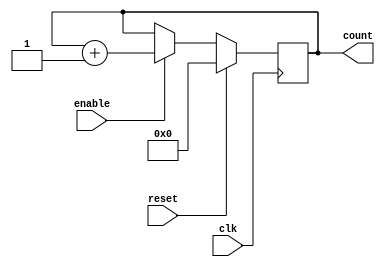
module up_counter(
    input wire clk,
    input wire reset,
    input wire enable,
    output reg [3:0] count
);

always @(posedge clk) begin
    if (reset) begin
        count <= 4'b0000;
    end else if (enable) begin
        count <= count + 1;
    end
end

endmodule